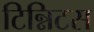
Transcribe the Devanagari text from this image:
टिन्निटस